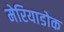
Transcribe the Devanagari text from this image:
मेरियाडोक